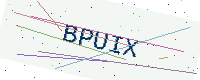
Text: BPUIX